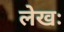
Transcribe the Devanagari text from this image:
लेखः